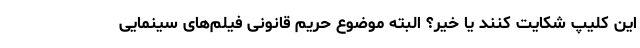
این کلیپ شکایت کنند یا خیر؟ البته موضوع حریم قانونی فیلم‌های سینمایی